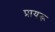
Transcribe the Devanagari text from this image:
प्रायरू